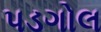
પડગોલ